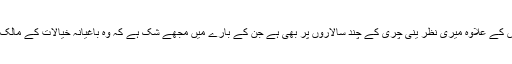
’’ اس کے علاوہ میری نظر ینی چری کے چند سالاروں پر بھی ہے جن کے بارے میں مجھے شک ہے کہ وہ باغیانہ خیالات کے مالک ہیں۔